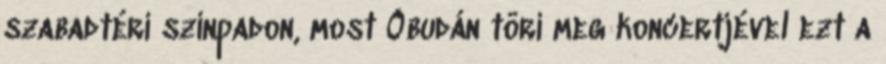
szabadtéri színpadon, most Óbudán töri meg koncertjével ezt a